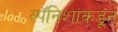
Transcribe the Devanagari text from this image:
स्पॅनिशांकडून